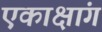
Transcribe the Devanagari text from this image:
एकाक्षांग